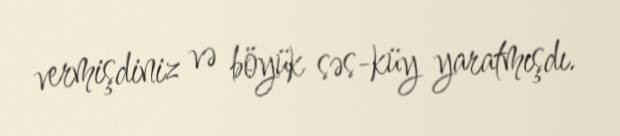
vermişdiniz və böyük səs-küy yaratmışdı.